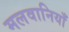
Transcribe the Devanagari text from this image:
मलवानियाँ